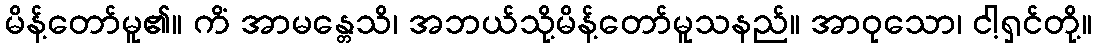
မိန့်တော်မူ၏။ ကိံ အာမန္တေသိ၊ အဘယ်သို့မိန့်တော်မူသနည်။ အာဝုသော၊ ငါ့ရှင်တို့။